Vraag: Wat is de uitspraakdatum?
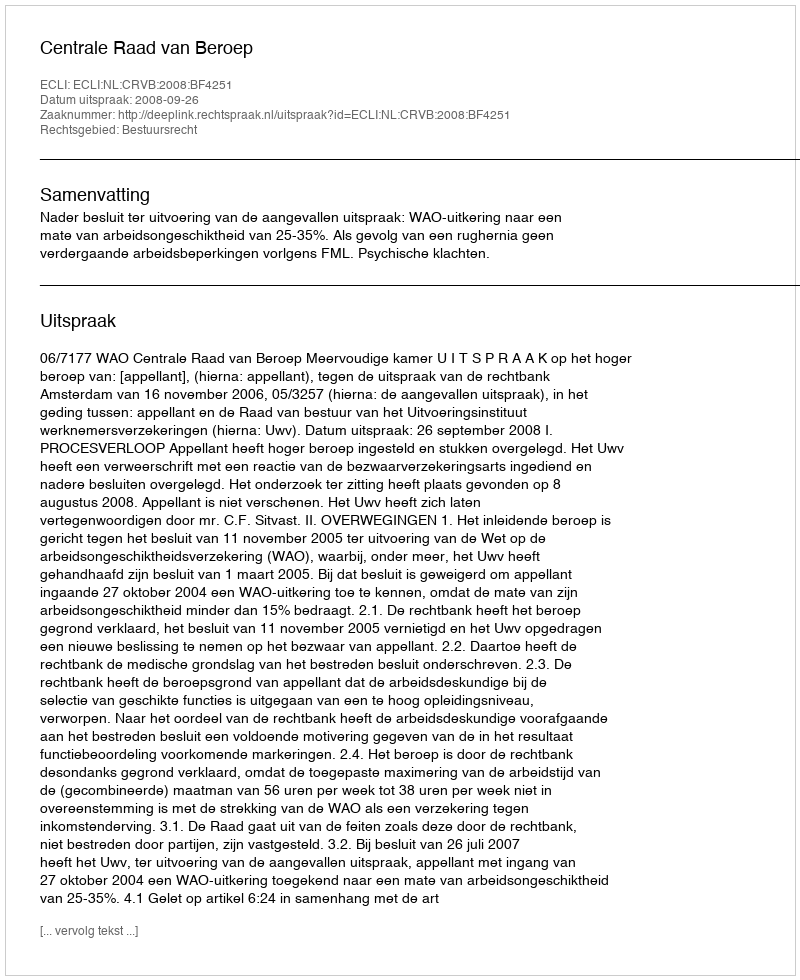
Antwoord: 2008-09-26